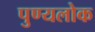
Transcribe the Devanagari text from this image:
पुण्यलोक